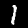
Label: 1